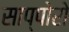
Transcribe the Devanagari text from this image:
साप्पोरो